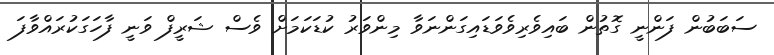
ސަބަބުން ފަންނީ ގޮތުން ބައިވެރިވެވަޑައިގަންނަވާ މިންވަރު ކުޑަކަމަށް ވެސް ޝަރީފް ވަނީ ފާހަގަކުރައްވާފަ